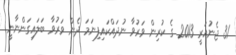
31 ޖެނުއަރީ 2013 ގެ ކުރިން ވަރުވާ ނުދައްކައިފިނަމަ ދެން ވަރުވާ ބަލައިގަންނާނީ